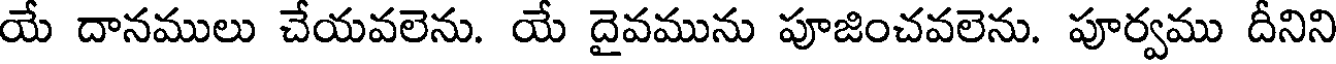
యే దానములు చేయవలెను. యే దైవమును పూజించవలెను. పూర్వము దీనిని